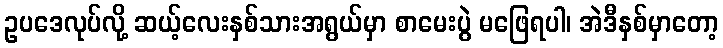
ဥပဒေလုပ်လို့ ဆယ့်လေးနှစ်သားအရွယ်မှာ စာမေးပွဲ မဖြေရပါ၊ အဲဒီနှစ်မှာတော့